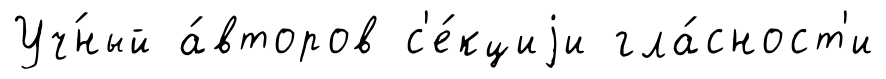
Уч́ный а́второв с'е́кциjи гла́сност'и